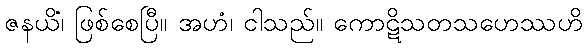
ဇနယိံ၊ ဖြစ်စေပြီ။ အဟံ၊ ငါသည်။ ကောဋိသတသဟေဿဟိ